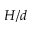
H / d